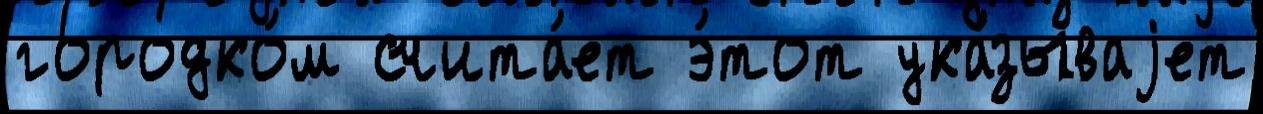
городко́м счита́ет э́тот ука́зываjет